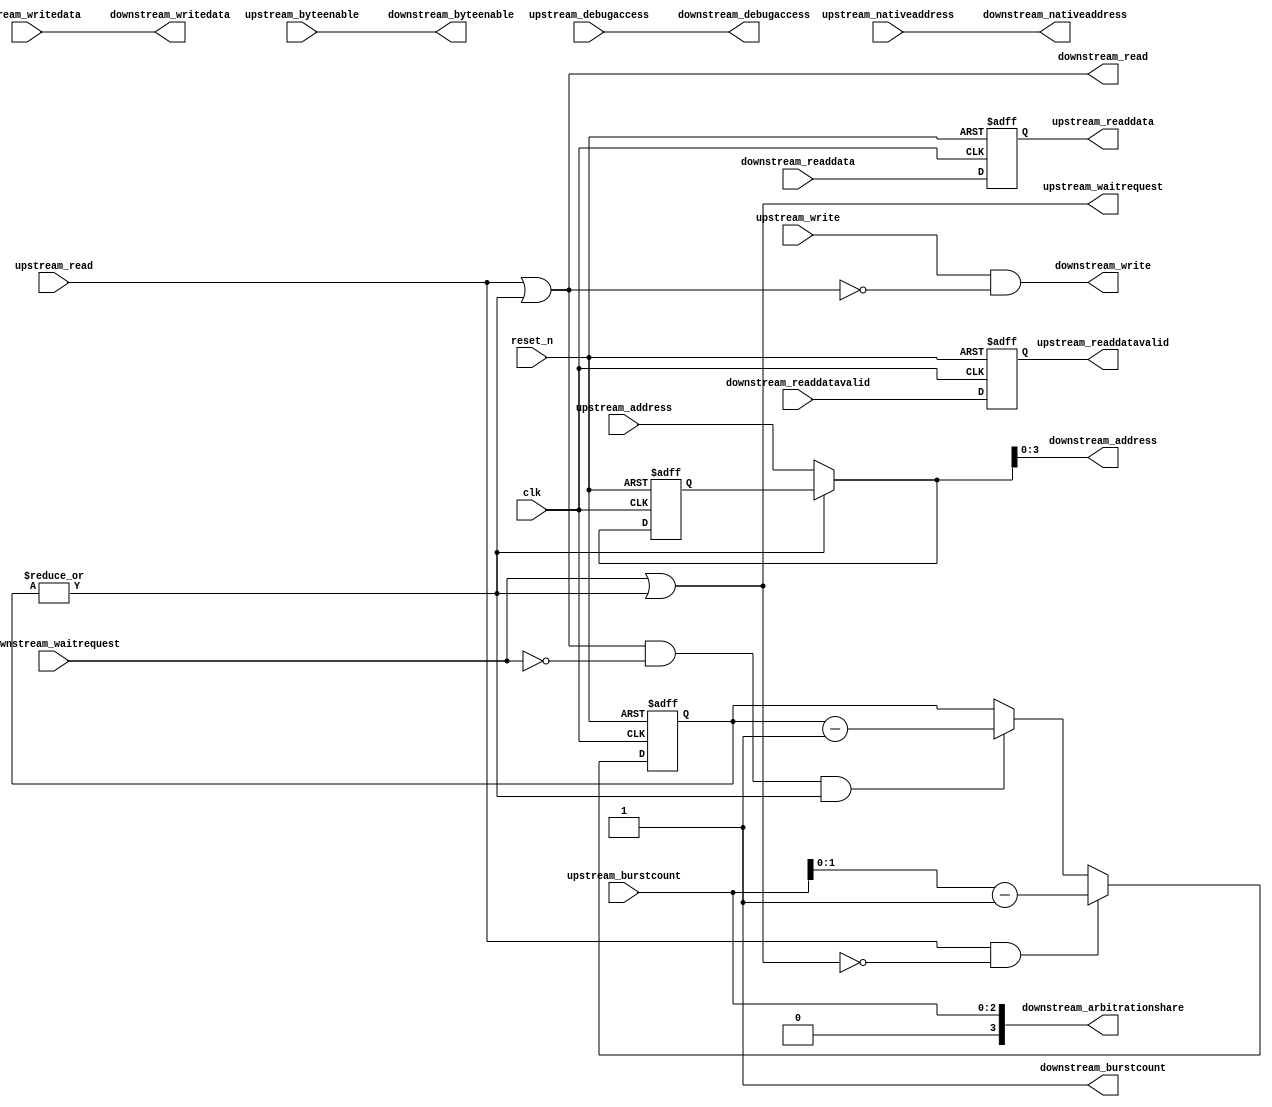
//Legal Notice: (C)2011 Altera Corporation. All rights reserved.  Your
//use of Altera Corporation's design tools, logic functions and other
//software and tools, and its AMPP partner logic functions, and any
//output files any of the foregoing (including device programming or
//simulation files), and any associated documentation or information are
//expressly subject to the terms and conditions of the Altera Program
//License Subscription Agreement or other applicable license agreement,
//including, without limitation, that your use is for the sole purpose
//of programming logic devices manufactured by Altera and sold by Altera
//or its authorized distributors.  Please refer to the applicable
//agreement for further details.

// synthesis translate_off
`timescale 1ns / 1ps
// synthesis translate_on

// turn off superfluous verilog processor warnings 
// altera message_level Level1 
// altera message_off 10034 10035 10036 10037 10230 10240 10030 

//
//Burst adapter parameters:
//adapter is mastered by: data_cache_0/dataMaster
//adapter masters: uart_0/s1
//asp_debug: 0
//byteaddr_width: 5
//ceil_data_width: 16
//data_width: 16
//dbs_shift: 1
//dbs_upstream_burstcount_width: 4
//downstream_addr_shift: 1
//downstream_burstcount_width: 1
//downstream_max_burstcount: 1
//downstream_pipeline: 0
//dynamic_slave: 0
//master_always_burst_max_burst: 0
//master_burst_on_burst_boundaries_only: 0
//master_data_width: 32
//master_interleave: 0
//master_linewrap_bursts: 0
//nativeaddr_width: 4
//slave_always_burst_max_burst: 0
//slave_burst_on_burst_boundaries_only: 0
//slave_interleave: 0
//slave_linewrap_bursts: 0
//upstream_burstcount: upstream_burstcount
//upstream_burstcount_width: 3
//upstream_max_burstcount: 4
//zero_address_width: 0


module tiger_burst_5 (
                       // inputs:
                        clk,
                        downstream_readdata,
                        downstream_readdatavalid,
                        downstream_waitrequest,
                        reset_n,
                        upstream_address,
                        upstream_burstcount,
                        upstream_byteenable,
                        upstream_debugaccess,
                        upstream_nativeaddress,
                        upstream_read,
                        upstream_write,
                        upstream_writedata,

                       // outputs:
                        downstream_address,
                        downstream_arbitrationshare,
                        downstream_burstcount,
                        downstream_byteenable,
                        downstream_debugaccess,
                        downstream_nativeaddress,
                        downstream_read,
                        downstream_write,
                        downstream_writedata,
                        upstream_readdata,
                        upstream_readdatavalid,
                        upstream_waitrequest
                     )
;

  output  [  3: 0] downstream_address;
  output  [  3: 0] downstream_arbitrationshare;
  output           downstream_burstcount;
  output  [  1: 0] downstream_byteenable;
  output           downstream_debugaccess;
  output  [  3: 0] downstream_nativeaddress;
  output           downstream_read;
  output           downstream_write;
  output  [ 15: 0] downstream_writedata;
  output  [ 15: 0] upstream_readdata;
  output           upstream_readdatavalid;
  output           upstream_waitrequest;
  input            clk;
  input   [ 15: 0] downstream_readdata;
  input            downstream_readdatavalid;
  input            downstream_waitrequest;
  input            reset_n;
  input   [  4: 0] upstream_address;
  input   [  2: 0] upstream_burstcount;
  input   [  1: 0] upstream_byteenable;
  input            upstream_debugaccess;
  input   [  3: 0] upstream_nativeaddress;
  input            upstream_read;
  input            upstream_write;
  input   [ 15: 0] upstream_writedata;

  wire    [  4: 0] current_upstream_address;
  wire    [  3: 0] downstream_address;
  wire    [  3: 0] downstream_arbitrationshare;
  wire             downstream_burstcount;
  wire    [  1: 0] downstream_byteenable;
  wire             downstream_debugaccess;
  wire    [  3: 0] downstream_nativeaddress;
  wire             downstream_read;
  wire             downstream_write;
  wire    [ 15: 0] downstream_writedata;
  reg     [  4: 0] registered_upstream_address;
  wire             sync_nativeaddress;
  reg     [  1: 0] transactions_remaining;
  reg     [ 15: 0] upstream_readdata;
  reg              upstream_readdatavalid;
  wire             upstream_waitrequest;
  assign sync_nativeaddress = |upstream_nativeaddress;
  //downstream, which is an e_avalon_master
  //upstream, which is an e_avalon_slave
  always @(posedge clk or negedge reset_n)
    begin
      if (reset_n == 0)
          registered_upstream_address <= 0;
      else if (~|transactions_remaining)
          registered_upstream_address <= upstream_address;
    end


  assign current_upstream_address = ~|transactions_remaining ? upstream_address : registered_upstream_address;
  always @(posedge clk or negedge reset_n)
    begin
      if (reset_n == 0)
          transactions_remaining <= 0;
      else 
        transactions_remaining <= (upstream_read & ~upstream_waitrequest) ? (upstream_burstcount - 1) : (downstream_read & ~downstream_waitrequest & (|transactions_remaining)) ? (transactions_remaining - downstream_burstcount) : transactions_remaining;
    end


  assign downstream_burstcount = 1;
  assign downstream_arbitrationshare = upstream_burstcount;
  assign downstream_address = current_upstream_address;
  assign downstream_nativeaddress = upstream_nativeaddress;
  assign downstream_read = upstream_read | (|transactions_remaining);
  always @(posedge clk or negedge reset_n)
    begin
      if (reset_n == 0)
          upstream_readdatavalid <= 0;
      else 
        upstream_readdatavalid <= downstream_readdatavalid;
    end


  always @(posedge clk or negedge reset_n)
    begin
      if (reset_n == 0)
          upstream_readdata <= 0;
      else 
        upstream_readdata <= downstream_readdata;
    end


  assign downstream_write = upstream_write & !downstream_read;
  assign downstream_byteenable = upstream_byteenable;
  assign downstream_writedata = upstream_writedata;
  assign upstream_waitrequest = downstream_waitrequest | (|transactions_remaining);
  assign downstream_debugaccess = upstream_debugaccess;

endmodule